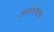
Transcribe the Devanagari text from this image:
अम्लनाशक